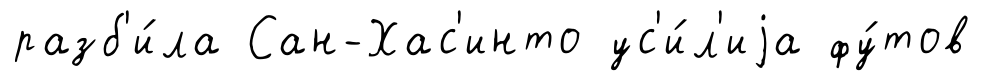
разб'и́ла Сан-Хас'инто ус'и́л'иjа фу́тов